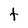
Character: t